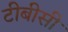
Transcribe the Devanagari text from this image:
टीबीसी